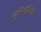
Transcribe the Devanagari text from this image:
म्युनिपालिटीत